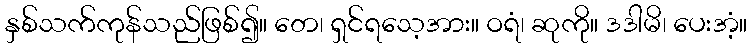
နှစ်သက်ကုန်သည်ဖြစ်၍။ တေ၊ ရှင်ရသေ့အား။ ဝရံ၊ ဆုကို။ ဒဒါမိ၊ ပေးအံ့။